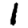
Digit: 1